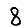
Digit: 8